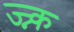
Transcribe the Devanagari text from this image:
ज्न्क